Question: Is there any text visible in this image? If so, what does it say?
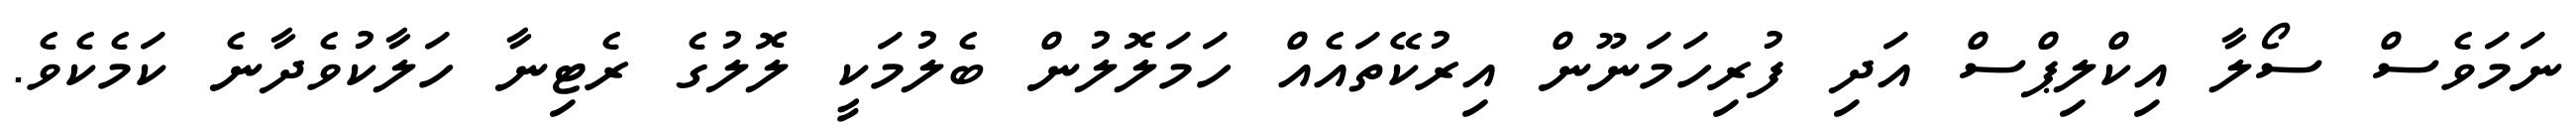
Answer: ނަމަވެސް ސޯލާ އިކްލިޕްސް އަދި ފުރިހަމަނޫން އިރުކޭތައެއް ހަމަލޮލުން ބެލުމަކީ ލޮލުގެ ރެޓިނާ ހަލާކުވެދާނެ ކަމެކެވެ.